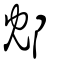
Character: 邥